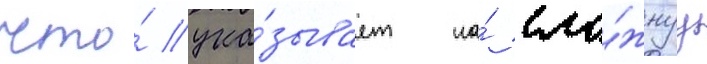
что́ ука́зывает на́ сло́жнуу